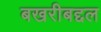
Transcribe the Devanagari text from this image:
बखरीबद्दल